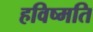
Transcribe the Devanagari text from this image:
हविष्मति